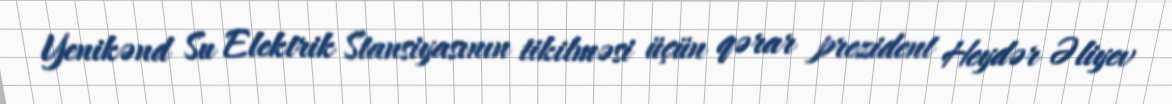
Yenikənd Su Elektrik Stansiyasının tikilməsi üçün qərar prezident Heydər Əliyev